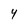
Character: 4